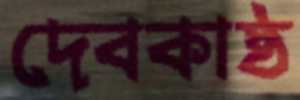
দেবকাষ্ঠ